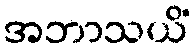
အဘာသယိံ